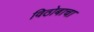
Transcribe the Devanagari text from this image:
विठोबाचा